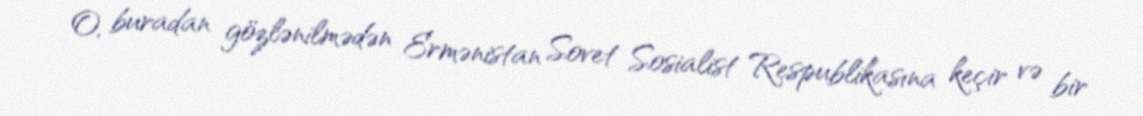
O, buradan gözlənilmədən Ermənistan Sovet Sosialist Respublikasına keçir və bir